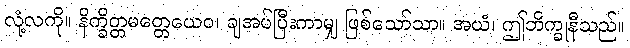
လုံ့လကို။ နိက္ခိတ္တမတ္တေယေဝ၊ ချအပ်ပြီးကာမျှ ဖြစ်သော်သာ။ အယံ၊ ဤဘိက္ခုနီသည်။